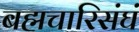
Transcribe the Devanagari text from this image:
बह्मचारिसंघं